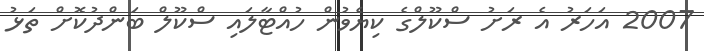
2007 އަހަރު އެ ރަށު ސްކޫލްގެ ކިޔެވުން ހުއްޓާލައި ސްކޫލް ބަންދުކޮށް ތަޅު